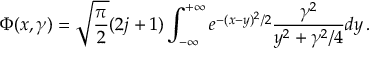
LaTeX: \Phi ( x , \gamma ) = \sqrt { \frac \pi 2 } ( 2 j + 1 ) \int _ { - \infty } ^ { + \infty } e ^ { - ( x - y ) ^ { 2 } / 2 } \frac { \gamma ^ { 2 } } { y ^ { 2 } + \gamma ^ { 2 } / 4 } d y \, .